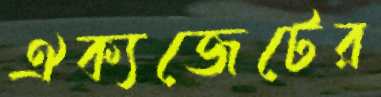
ঐক্যজেটের